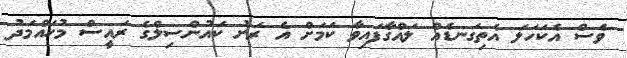
ވެސް އެކަހަލަ އެތިގަނޑެއް ލައްގާފައިވާ ކަމަށް އެ ރަށު ކައުންސިލްގެ ރައީސް މުހައްމަދު